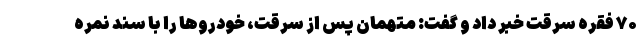
۷۰ فقره سرقت خبر داد و گفت: متهمان پس از سرقت، خودروها را با سند نمره